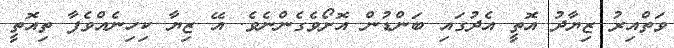
ވަތްއިރު ޒިޔާދު އޮތީ އެދުގައި ބަންޑުން އޮށޯވެގެންނެވެ. އޭ ޒިޔާ ކިހިނެއްވެފާ ތިއޮތީ